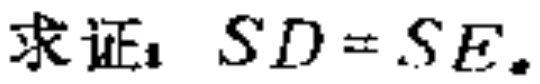
求证：$SD = SE$。